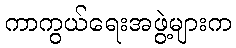
ကာကွယ်ရေးအဖွဲ့များက